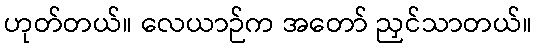
ဟုတ်တယ်။ လေယာဉ်က အတော် ညှင်သာတယ်။